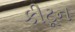
કીટૂન